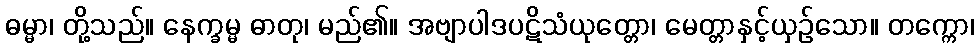
ဓမ္မာ၊ တို့သည်။ နေက္ခမ္မ ဓာတု၊ မည်၏။ အဗျာပါဒပဋိသံယုတ္တော၊ မေတ္တာနှင့်ယှဉ်သော။ တက္ကော၊